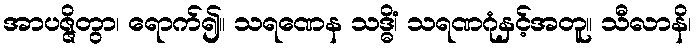
အာပဇ္ဇိတွာ၊ ရောက်၍။ သရဏေန သဒ္ဓိံ၊ သရဏဂုံနှင့်အတူ။ သီလာနိ၊